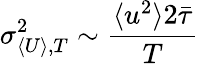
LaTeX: \sigma_{\langle U\rangle,T}^{2}\sim\frac{\langle u^{2}\rangle 2\bar{\tau}}{T}